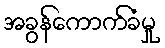
အခွန်ကောက်ခံမှု